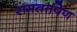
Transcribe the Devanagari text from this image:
रामतापिण